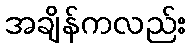
အချိန်ကလည်း